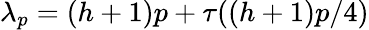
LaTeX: \lambda_{p}=(h+1)p+\tau((h+1)p/4)